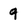
Character: 9